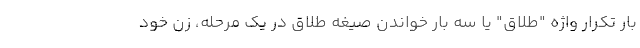
بار تکرار واژه "طلاق" یا سه بار خواندن صیغه طلاق در یک مرحله، زن خود